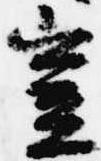
豈